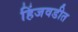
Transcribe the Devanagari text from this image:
हिंजवडीत